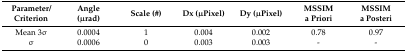
<table><thead><tr><td><b>Parameter/Criterion</b></td><td><b>Angle (μrad)</b></td><td><b>Scale (#)</b></td><td><b>Dx (μPixel)</b></td><td><b>Dy (μPixel)</b></td><td><b>MSSIM a Priori</b></td><td><b>MSSIM a Posteri</b></td></tr></thead><tbody><tr><td>Mean 3σ</td><td>0.0004</td><td>1</td><td>0.004 </td><td>0.002 </td><td>0.78</td><td>0.97</td></tr><tr><td>σ</td><td>0.0006 </td><td>0</td><td>0.003 </td><td>0.003</td><td>-</td><td>-</td></tr></tbody></table>